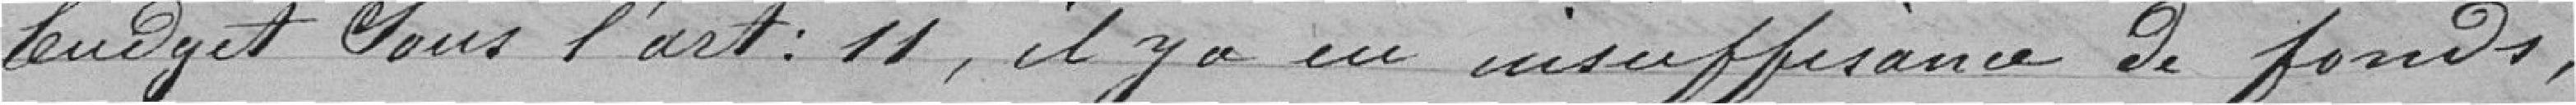
budget sous l'article : 11, il y a eu insuffisance des fonds,